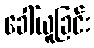
ခေါ်ယူခြင်း